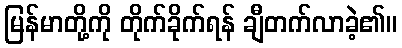
မြန်မာတို့ကို တိုက်ခိုက်ရန် ချီတက်လာခဲ့၏။